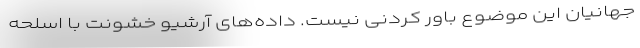
جهانیان این موضوع باور کردنی نیست. داده‌های آرشیو خشونت با اسلحه